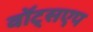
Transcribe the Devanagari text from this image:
वॉट्सएप